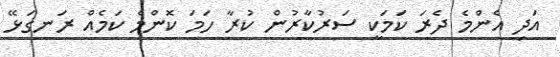
އަދި އެންމެ ދެރަ ކަމަކީ ސަރުކާރުން ކުރާ ހަމަ ކޮންމެ ކަމެއް ރަނގަޅޭ